Problem: 6 × 7 = ?
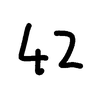
Handwritten answer: 42